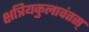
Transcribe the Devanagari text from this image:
क्षत्रियकुलावंतस्